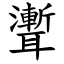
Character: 聻